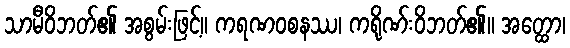
သာမီဝိဘတ်၏ အစွမ်းဖြင့်။ ကရဏဝစနဿ၊ ကရိုဏ်းဝိဘတ်၏။ အတ္ထော၊